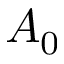
A _ { 0 }